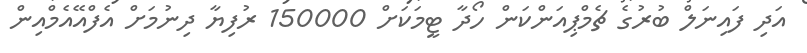
އަދި ފައިނަލް ބުރުގެ ޗެމްޕިއަންކަން ހޯދާ ޓީމަކަށް 150000 ރުފިޔާ ދިނުމަށް އެފްއޭއެމްއިން